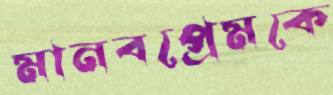
মানবপ্রেমকে